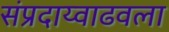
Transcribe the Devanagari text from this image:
संप्रदाय्वाढवला